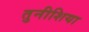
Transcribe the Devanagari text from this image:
तुनीशिया